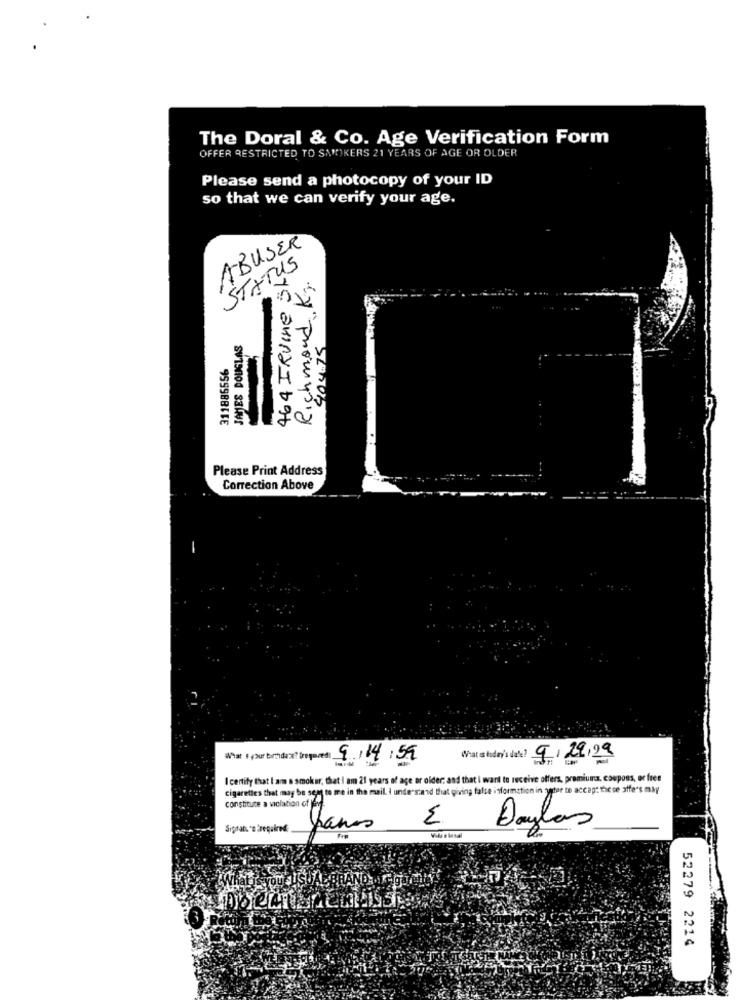
The Doral & Co. Age Verification Form
OFFER RESTRICTED TO SAMOKERS 21 YEARS OF AGE OR OLDER
Please send a photocopy of your ID
so that we can verify your age.
ABUSER
STATUS
464 IRVINE 5
Richmond Kr.
JAMES DOUGLAS
404.75
Please Print Address
Correction Above
What 1 pour brindax? trequired) 9/14:59
What s today's date? 9/29/19
I certify that I am a smoker, that I am 21 years of age or older; and that i want to receive offers, premiuma, coupons, or free
cigarettes that may be sent to me in the mail. I understand that giving false information in yeter to accept these offers may
constitute a violation of jev.
W
Sigran 's Èrequired:
Janos
Doylas
52279 2214